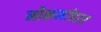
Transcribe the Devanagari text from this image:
नोकर्माहार